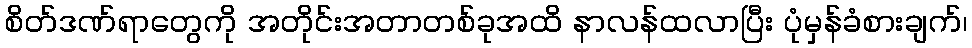
စိတ်ဒဏ်ရာတွေကို အတိုင်းအတာတစ်ခုအထိ နာလန်ထလာပြီး ပုံမှန်ခံစားချက်၊